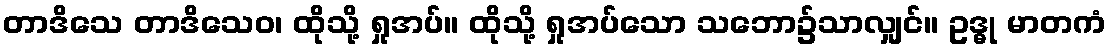
တာဒိသေ တာဒိသေဝ၊ ထိုသို့ ရှုအပ်။ ထိုသို့ ရှုအပ်သော သဘော၌သာလျှင်။ ဥဒ္ဓု မာတကံ